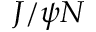
J / \psi N